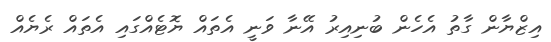
އިޒްޔާން ގާތު އެހެން ބުނިއިރު އޭނާ ވަނީ އެތައް ޔޮޓެއްގައި އެތައް ރެޔެއް